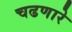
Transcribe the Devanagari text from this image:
चढणारे